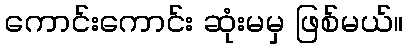
ကောင်းကောင်း ဆုံးမမှ ဖြစ်မယ်။